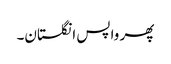
پھر واپس انگلستان۔